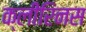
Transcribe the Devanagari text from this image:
क्लीरिनस